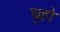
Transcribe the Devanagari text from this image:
चुहो